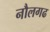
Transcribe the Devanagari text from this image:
नौलगढ